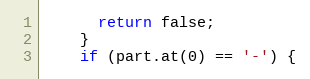
Language: C
      return false;
    }
    if (part.at(0) == '-') {